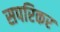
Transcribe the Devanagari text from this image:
सपरिकर